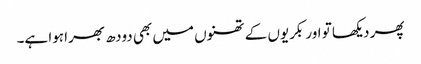
پھر دیکھا تو اور بکریوں کے تھنوں میں بھی دودھ بھرا ہوا ہے۔